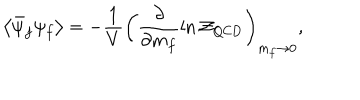
\left< \bar { \psi } _ { f } \psi _ { f } \right> = - \frac { 1 } { V } \left( \frac { \partial } { \partial m _ { f } } \ln { \cal Z } _ { \mathrm { Q C D } } \right) _ { m _ { f } \to 0 } ,